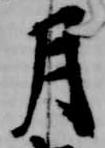
月